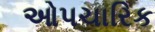
ઓપચારિક